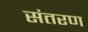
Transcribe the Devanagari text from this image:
संतरण